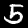
Label: 5